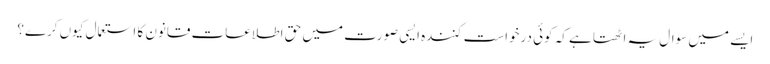
ایسے میں سوال یہ اٹھتا ہے کہ کوئی درخواست کنندہ ایسی صورت میں حق اطلاعات قانون کا استعمال کیوں کرے؟